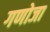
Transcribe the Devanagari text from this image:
गणोजा